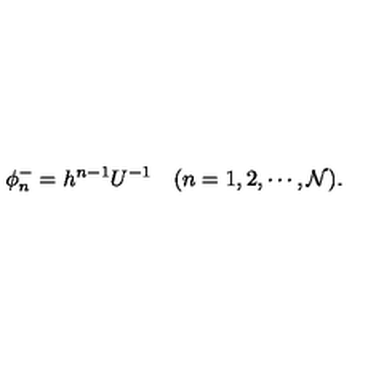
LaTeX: \phi _ { n } ^ { - } = h ^ { n - 1 } U ^ { - 1 } \quad ( n = 1 , 2 , \cdots , { \cal N } ) .